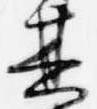
其